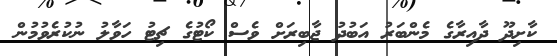
ކާށިދޫ ދާއިރާގެ މެންބަރު އަބުދު ޖާބިރަށް ވެސް ކޯޓުގެ ޗިޓު ހަވާލު ނުކުރެވުމުން